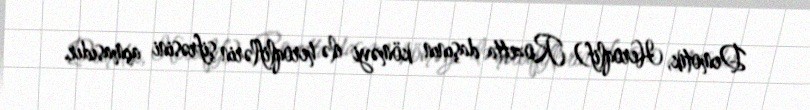
Demotik, Heroqlif) Rozetta daşının köməyi ilə heroqliflərin şifrəsini açmasıdır.